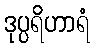
ဒုပ္ပရိဟာရံ